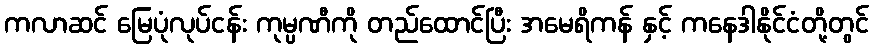
ကလာဆင် မြေပုံလုပ်ငန်း ကုမ္ပဏီကို တည်ထောင်ပြီး အမေရိကန် နှင့် ကနေဒါနိုင်ငံတို့တွင်